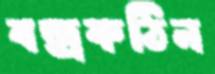
বজ্রকঠিন